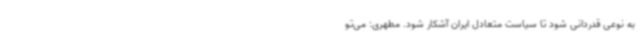
به نوعی قدردانی شود تا سیاست متعادل ایران آشکار شود. مطهری: می‌تو